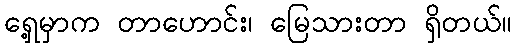
ရှေ့မှာက တာဟောင်း၊ မြေသားတာ ရှိတယ်။